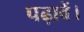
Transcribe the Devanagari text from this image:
पढ़ावें।